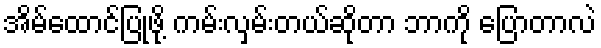
အိမ်ထောင်ပြုဖို့ ကမ်းလှမ်းတယ်ဆိုတာ ဘာကို ပြောတာလဲ